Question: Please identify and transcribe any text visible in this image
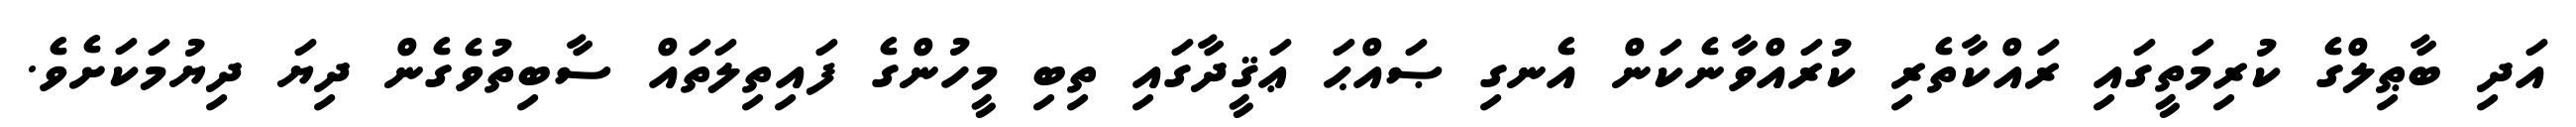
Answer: އަދި ބާޠިލްގެ ކުރިމަތީގައި ރައްކާތެރި ކުރައްވާނެކަން އެނގި ޞައްޙަ ޢަޤީދާގައި ތިބި މީހުންގެ ފައިތިލަތައް ސާބިތުވެގެން ދިޔަ ދިޔުމަކަށެވެ.